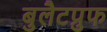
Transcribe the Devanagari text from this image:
बुलैटप्रुफ